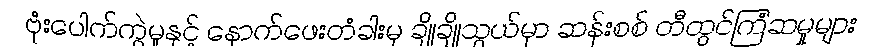
ဗုံးပေါက်ကွဲမှုနှင့် နောက်ဖေးတံခါးမှ ချိုချိုသွယ်မှာ ဆန်းစစ် တီထွင်ကြံဆမှုများ